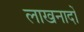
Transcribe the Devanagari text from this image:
लाखनादों